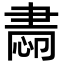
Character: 𦘝